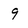
Character: 9